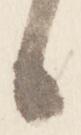
日